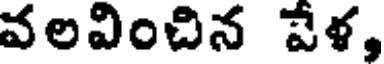
వలవించిన పేళ,